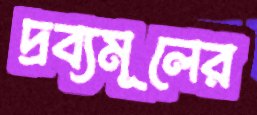
দ্রব্যমূলের